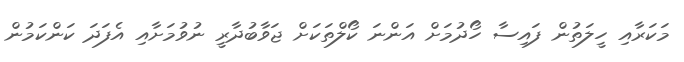
މަކަރާއި ހީލަތުން ފައިސާ ހޯދުމަށް އަންނަ ކޯލްތަކަށް ޖަވާބުދާރީ ނުވުމަށާއި އެފަދަ ކަންކަމުން